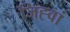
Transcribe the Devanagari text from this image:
जिह्वां